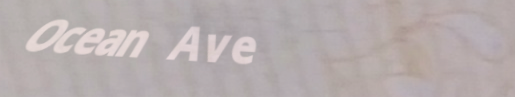
Ocean Ave